Mental hospitals Bombay report 1921-28 - 1921-1928
Year: 1921
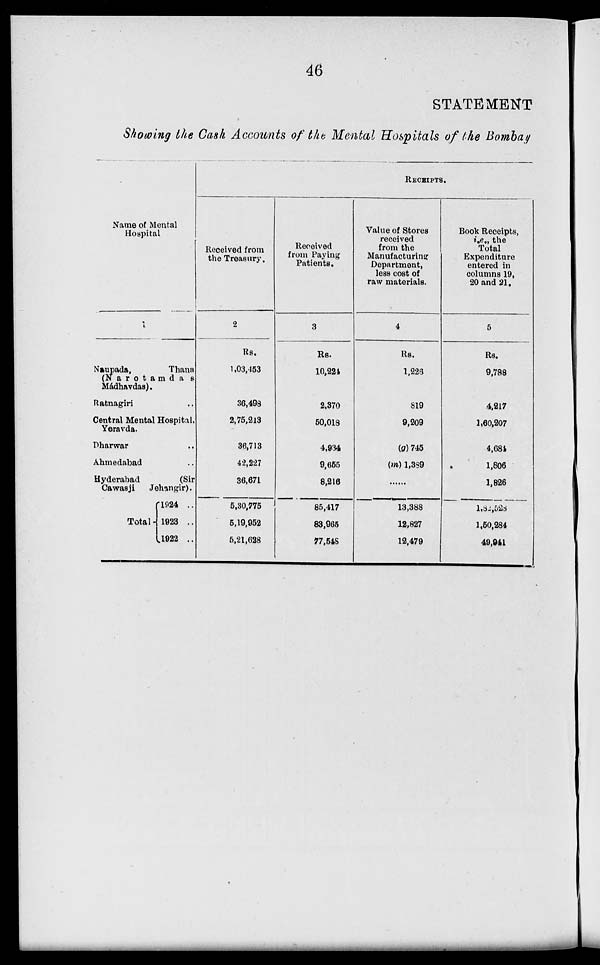
46
STATEMENT
Showing the Cash Accounts of the Mental Hospitals of the Bombay
Name of Mental
Hospital
1
Naupada,
Thana
(Narotamdas
Mádhavdas).
Ratnagiri ..
Central Mental Hospital,
Yeravda.
Dharwar ..
Ahmedabad ..
Hyderabad
(Sir
Cawasji
Jehangir).
Total ..
1924 ..
1923 ..
1922 ..
RECEIPTS.
Received from
the Treasury.
2
Rs.
1,03,453
36,498
2,75,213
36,713
42,227
36,671
5,30,775
5,19,952
5,21,628
Received
from Paying
Patients.
3
Rs.
10,224
2,370
50,018
4,934
9,655
8,216
85,417
83,965
77,548
Value of Stores
received
from the
Manufacturing
Department,
less cost of
raw materials.
4
Rs.
1,226
819
9,209
(g) 745
(m) 1,389
......
13,388
12,827
12,479
Book Receipts,
i.e., the
Total
Expenditure
entered in
columns 19,
20 and 21.
5
Rs.
9,788
4,217
1,60,207
4,684
1,806
1,826
l,82,528
1,50,284
49,941